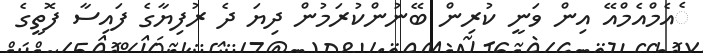
ެއެމްއެމްއޭ އިން ވަނީ ކުރިން ބޭނުންކުރަމުން ދިޔަ ދެ ރުފިޔާގެ ފައިސާ ފޮތީގެ